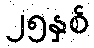
၂၅နှစ်